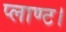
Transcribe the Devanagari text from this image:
प्लाण्ट।